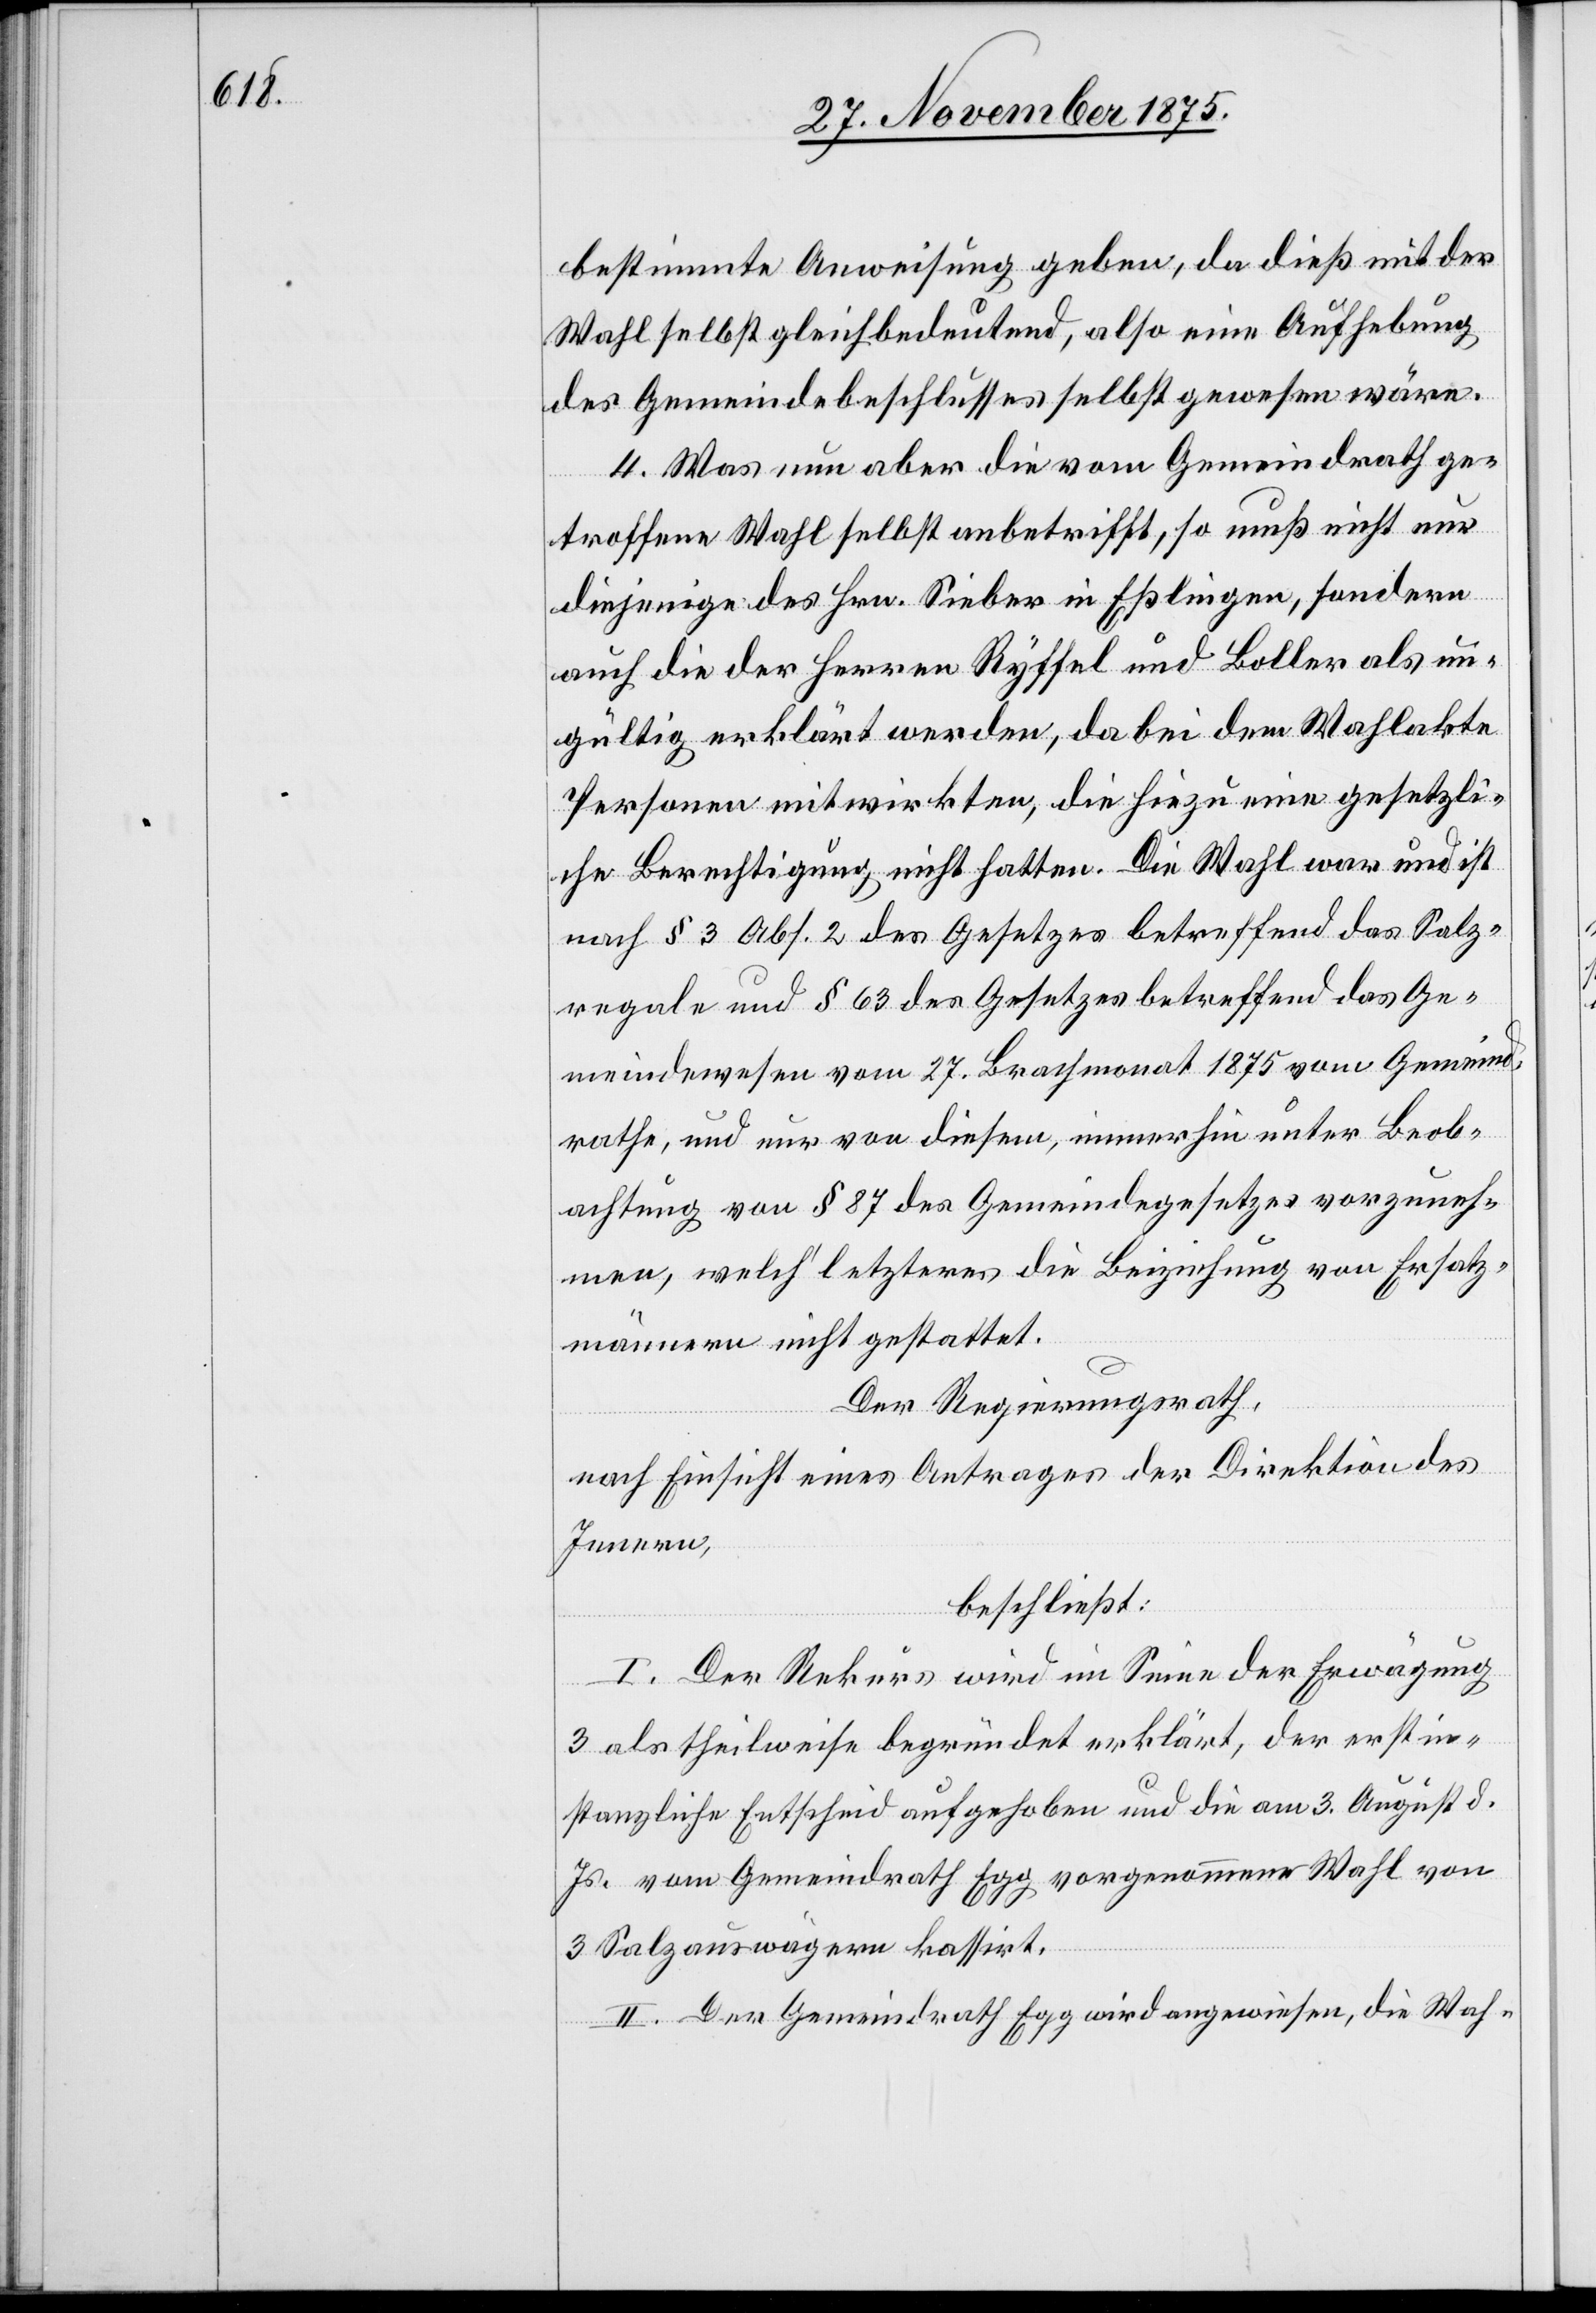
bestimmte Anweisung geben, da dieß mit der
Wahl selbst gleichbedeutend, also eine Aufhebung
des Gemeindebeschlusses selbst gewesen wäre.
4. Was nun aber die vom Gemeindrath ge¬
troffene Wahl selbst anbetrifft, so muß nicht nur
diejenige des Hrn. Sieber in Eßlingen, sondern
auch die der Herren Ryffel und Boller als un¬
gültig erklärt werden, da bei dem Wahlakte
Personen mitwirkten, die hiezu eine gesetzli¬
che Berechtigung nicht hatten. Die Wahl war und ist
nach § 3 Abs. 2 des Gesetzes betreffend das Salz¬
regale und § 63 des Gesetzes betreffend das Ge¬
meindewesen vom 27. Brachmonat 1875 vom Gemeind¬
rathe, und nur von diesem, immerhin unter Beob¬
achtung von § 87 des Gemeindegesetzes vorzuneh¬
men, welch‘ letzteres die Beiziehung von Ersatz¬
männern nicht gestattet.
Der Regierungsrath,
nach Einsicht eines Antrages der Direktion des
Innern,
beschließt:
I. Der Rekurs wird im Sinne der Erwägung
3 als theilweise begründet erklärt, der erstin¬
stanzliche Entscheid aufgehoben und die am 3. August d.
Js. vom Gemeindrath Egg vorgenommene Wahl von
3 Salzauswägern kassirt.
II. Der Gemeindrath Egg wird angewiesen, die Wah-